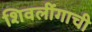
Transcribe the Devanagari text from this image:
शिवलींगाची